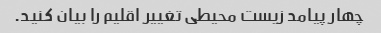
چهار پیامد زیست محیطی تغییر اقلیم را بیان کنید.